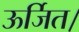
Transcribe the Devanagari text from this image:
ऊर्जित।